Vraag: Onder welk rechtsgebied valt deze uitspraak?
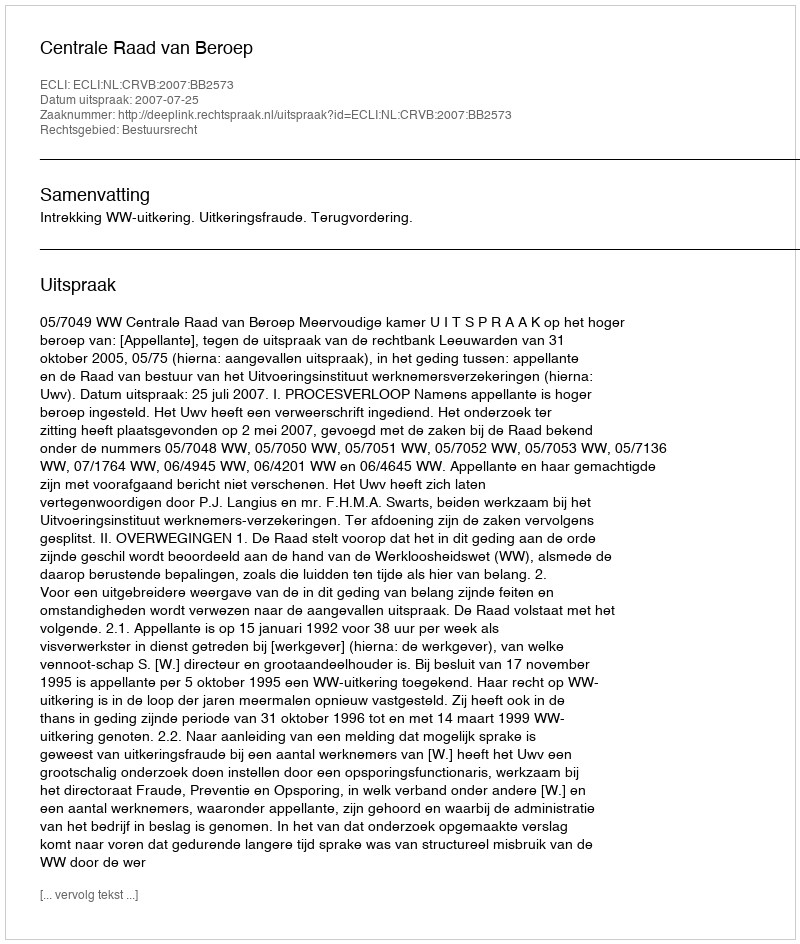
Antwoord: Bestuursrecht